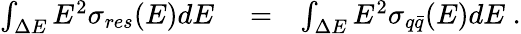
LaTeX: \begin{array}{rlr}{\int_{\Delta E}E^{2}\sigma_{res}(E)dE}&{{}=}&{\int_{\Delta E}E^{2}\sigma_{q\bar{q}}(E)dE\; .}\end{array}